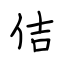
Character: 佶